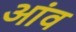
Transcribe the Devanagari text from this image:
अांव